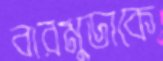
বারমুডাকে